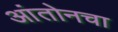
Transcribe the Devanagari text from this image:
आंतोनचा